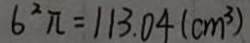
6 ^ { 2 } \pi = 1 1 3 . 0 4 ( c m ^ { 3 } )